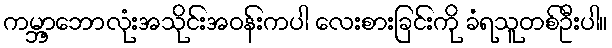
ကမ္ဘာ့ဘောလုံးအသိုင်းအဝန်းကပါ လေးစားခြင်းကို ခံရသူတစ်ဦးပါ။